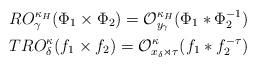
LaTeX: \begin{align*}RO^{\kappa_H}_{\gamma}(\Phi_1 \times \Phi_2)=\mathcal{O}^{\kappa_H}_{y_{\gamma}}(\Phi_1 * \Phi_2^{-1})\\TRO^{\kappa}_{\delta}(f_1 \times f_2)=\mathcal{O}^{\kappa}_{x_{\delta} \rtimes \tau}(f_1 *f_2^{-\tau})\end{align*}